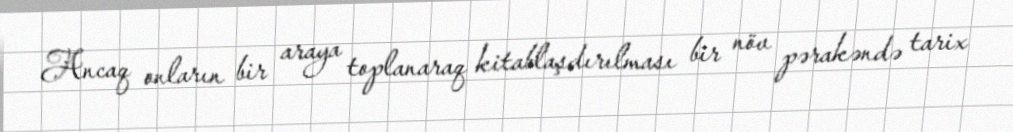
Ancaq onların bir araya toplanaraq kitablaşdırılması bir növ pərakəndə tarix